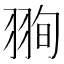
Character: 𦐥